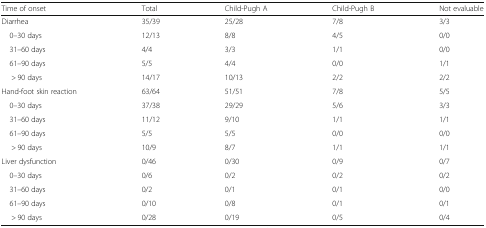
| Time of onset | Total | Child-Pugh A | Child-Pugh B | Not evaluable |
 | --- | --- | --- | --- | --- |
 | Diarrhea | 35/39 | 25/28 | 7/8 | 3/3 |
 | 0–30 days | 12/13 | 8/8 | 4/5 | 0/0 |
 | 31–60 days | 4/4 | 3/3 | 1/1 | 0/0 |
 | 61–90 days | 5/5 | 4/4 | 0/0 | 1/1 |
 | > 90 days | 14/17 | 10/13 | 2/2 | 2/2 |
 | Hand-foot skin reaction | 63/64 | 51/51 | 7/8 | 5/5 |
 | 0–30 days | 37/38 | 29/29 | 5/6 | 3/3 |
 | 31–60 days | 11/12 | 9/10 | 1/1 | 1/1 |
 | 61–90 days | 5/5 | 5/5 | 0/0 | 0/0 |
 | > 90 days | 10/9 | 8/7 | 1/1 | 1/1 |
 | Liver dysfunction | 0/46 | 0/30 | 0/9 | 0/7 |
 | 0–30 days | 0/6 | 0/2 | 0/2 | 0/2 |
 | 31–60 days | 0/2 | 0/1 | 0/1 | 0/0 |
 | 61–90 days | 0/10 | 0/8 | 0/1 | 0/1 |
 | > 90 days | 0/28 | 0/19 | 0/5 | 0/4 |